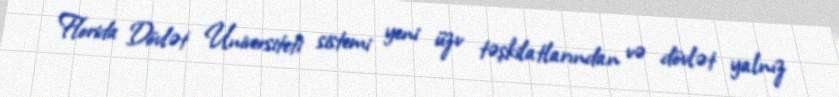
Florida Dövlət Universiteti sistemi yeni üzv təşkilatlarından və dövlət yalnız